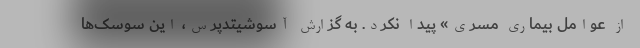
از عوامل بیماری مسری» پیدا نکرد. به گزارش آسوشیتدپرس، این سوسک‌ها